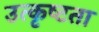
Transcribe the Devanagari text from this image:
उत्कृष्‍टता